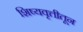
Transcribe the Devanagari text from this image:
शिष्यवृत्तीतून